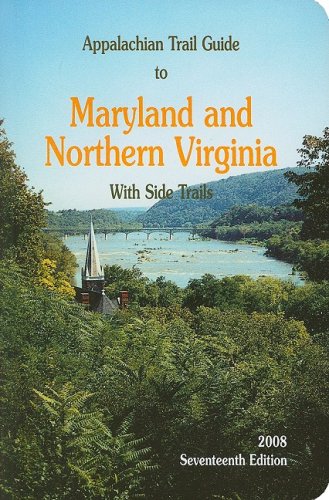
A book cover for Appalachian Trail Guide to Maryland-Northern Virginia; Travel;